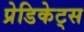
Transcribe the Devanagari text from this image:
प्रेडिकेट्स